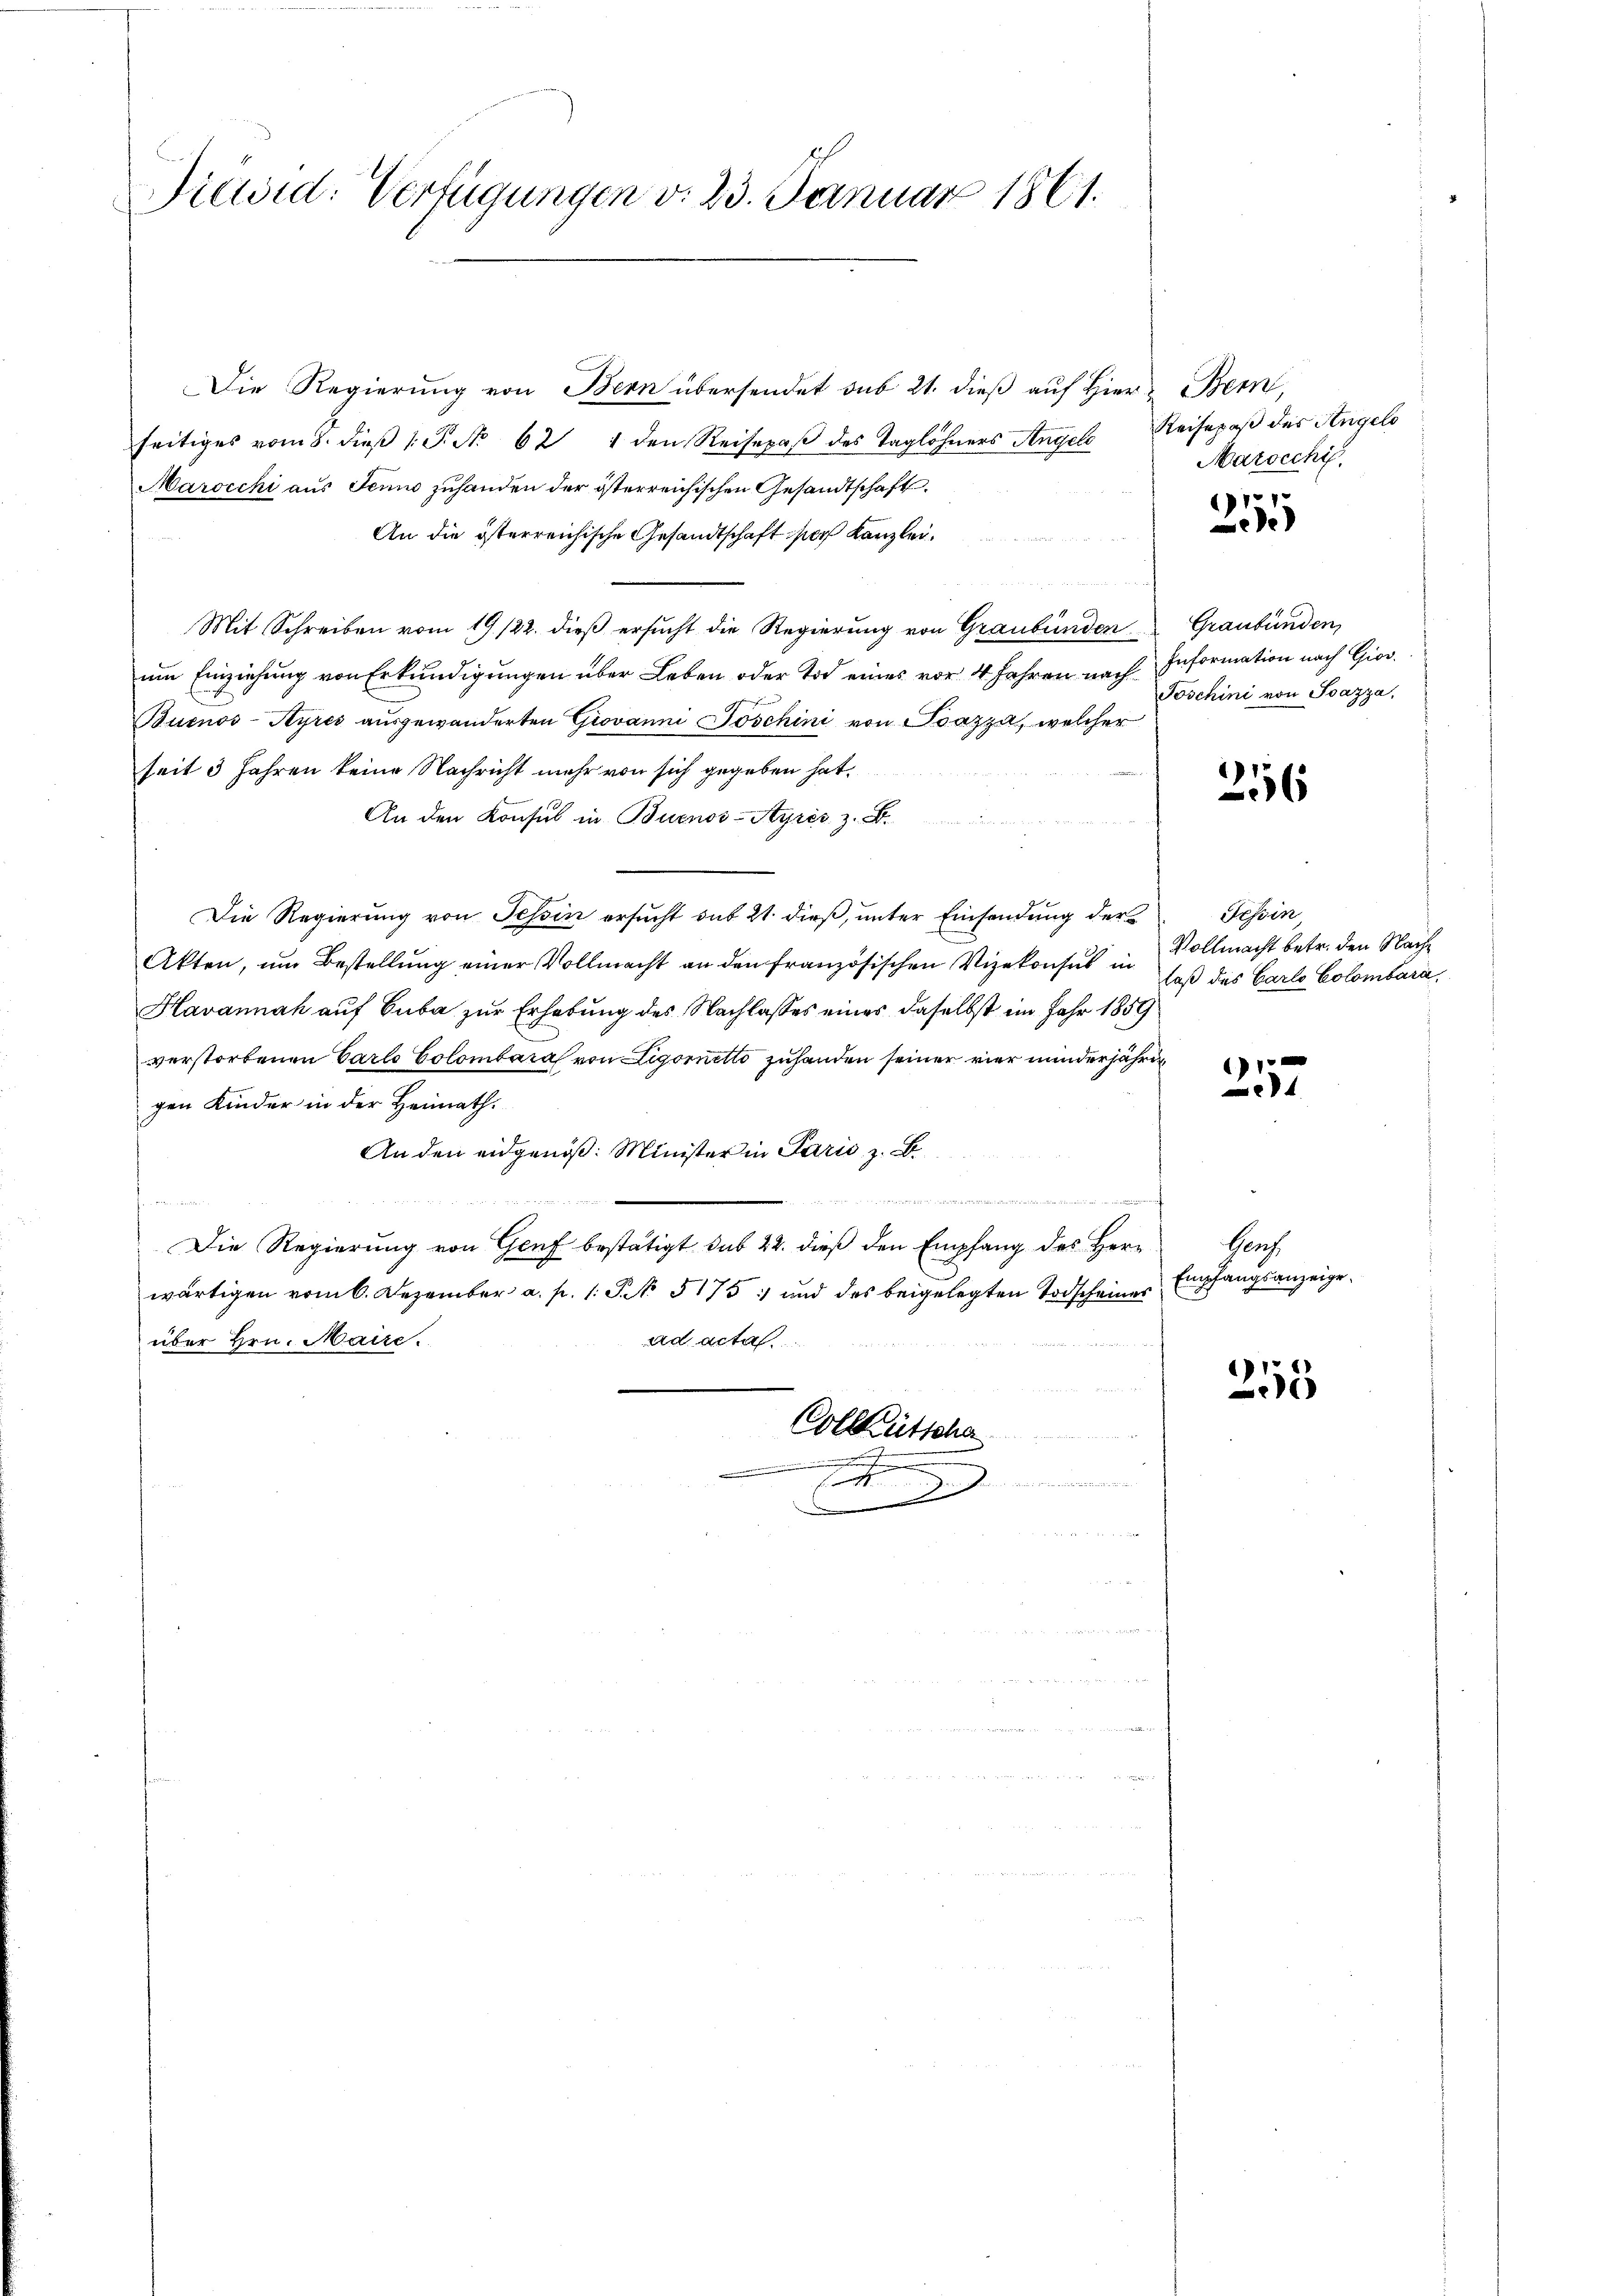
1
Kiwid: Verfügungen v. 23. Januar 1861.

Die Regierung von Bern übersendet sub 21. dieß auf Hier Bern,
seitiges vom 8. dieβ 1. P. No 621 den Reisepaß des Taglöhners Angels Reisepaß des Angelo
Marocchi aus Jenne zuhanden der österreichischen Gesandtschaft.
An die österreichische Gesandtschaft sich Kanzlei.
Mit Schreiben vom 19/22. dieß ersucht die Regierung von Graubünden Graubünden,
um Einziehung von Erkundigungen über Leben oder Tod eines vor 4 Jahren nach Information nach Giov
Buenos-Ayres ausgewanderten Giovanni Toschini von Bazza, welcher
seit 3 Jahren keine Nachricht mehr von sich gegeben hat.
An den Konsul in Buenos-Ayres z. B.
Die Regierung von Tessin ersucht sub 21. dieß, unter Einsendung der
Akten, um Bestellung einer Vollmacht an den französischen Vizekonsul in
Havannah auf Cuba zur Erhebung des Nachlasses eines daselbst im Jahr 1859
verstorbenen Carlo Colombara von Ligornetto zuhanden seiner vier minderjährig
gen Kinder in der Heimath.
An den eidgenöß: Minister in Paris z. B.
n
  d
Die Regierung von Genf bestätigt sub 22. dieß den Empfang des Herwärtigen vom 6. Dezember a. p. 1 S. 5175: und des beigelegten Todscheines
ad acta
über Hrn. Maire.
e
Colleütscha
.
e

e

Marocchi.

2555

Poschini von Ioazza,

216

Tessin
Vollmacht betr. den Nach
laß des Carlo Colombara,

257

Hauch
Empfangsanzeige.

255